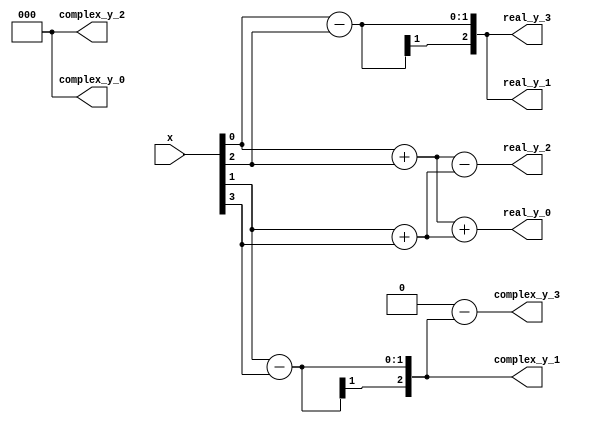
`timescale 1ns / 1ps
//////////////////////////////////////////////////////////////////////////////////
// Company: 
// Engineer: 
// 
// Design Name: 
// Module Name:    radix_2_fft 
// Project Name: 
// Target Devices: 
// Tool versions: 
// Description: 
//
// Dependencies: 
//
// Revision: 
// Revision 0.01 - File Created
// Additional Comments: 
//
//////////////////////////////////////////////////////////////////////////////////
module radix_2_fft(
input [3:0] x,
output  [2:0] real_y_0,
output  [2:0] real_y_1,
output  [2:0] real_y_2,
output  [2:0] real_y_3,
output  [2:0] complex_y_0,
output  [2:0] complex_y_1,
output  [2:0] complex_y_2,
output  [2:0] complex_y_3
);
	
wire [2:0]st10;
wire [2:0]st12;
wire [2:0]st11;
wire [2:0]st13;

assign st10 = x[0]+x[2];
assign st11 = x[0]-x[2];
assign st12 = x[1]+x[3];
assign st13 = x[1]-x[3];

assign real_y_0 = st10+st12;
assign complex_y_0 = 0;
assign real_y_1 = st11;
assign complex_y_1 = st13;
assign real_y_2 = st10-st12;
assign complex_y_2 = 0;
assign real_y_3 = st11;
assign complex_y_3 = 0-st13;

endmodule